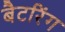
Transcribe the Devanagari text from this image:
बैटरिंग